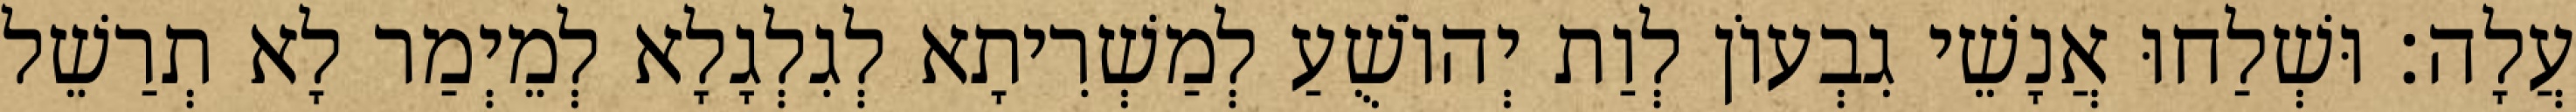
עֲלָה׃ וּשְׁלַחוּ אֲנָשֵׁי גִבְעוֹן לְוַת יְהוֹשֻׁעַ לְמַשְׁרִיתָא לְגִלְגָלָא לְמֵיְמַר לָא תְרַשֵׁל